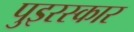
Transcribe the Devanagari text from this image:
पुइरस्कार